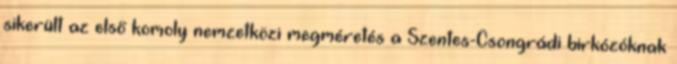
sikerült az első komoly nemzetközi megméretés a Szentes-Csongrádi birkózóknak